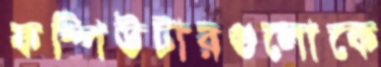
কম্পিউটারগুলোকে